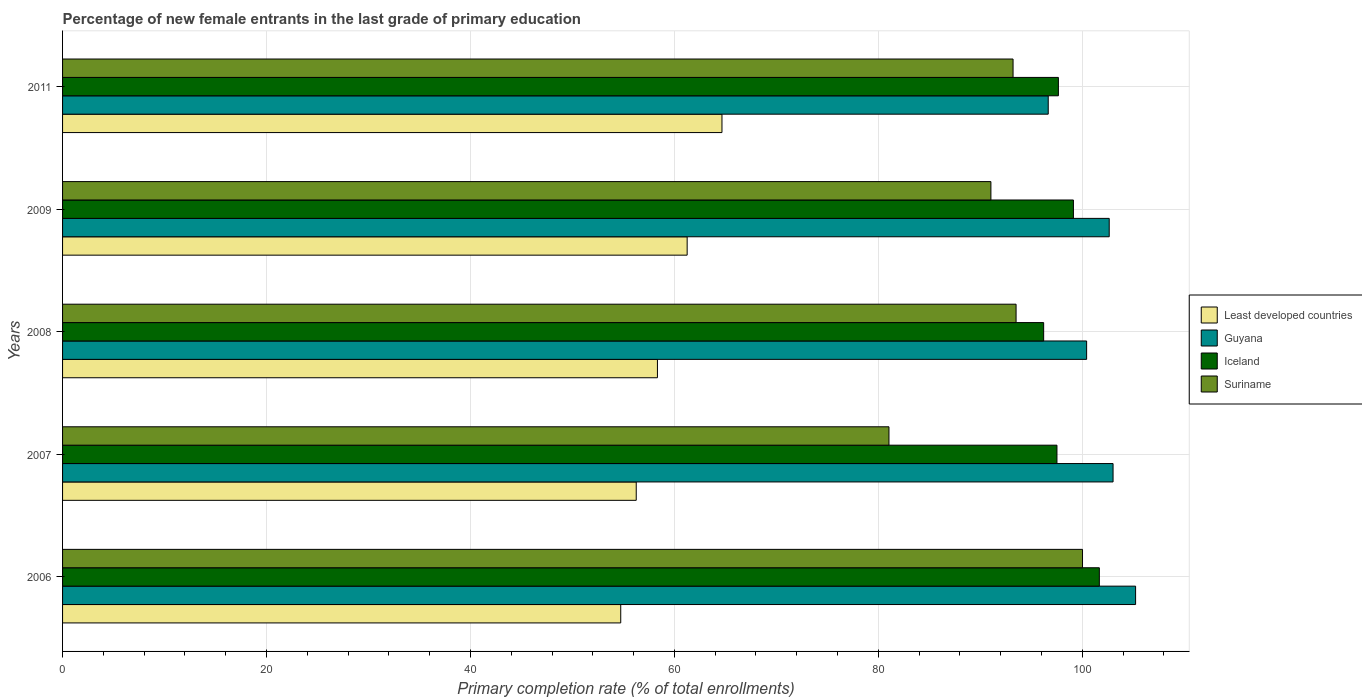
| Years | Least developed countries | Guyana | Iceland | Suriname |
 | --- | --- | --- | --- | --- |
 | 2006 | 54.7 | 105 | 102 | 100 |
 | 2007 | 56.3 | 103 | 97.5 | 81 |
 | 2008 | 58.3 | 100 | 96.2 | 93.5 |
 | 2009 | 61.3 | 103 | 99.1 | 91 |
 | 2011 | 64.7 | 96.7 | 97.7 | 93.2 |